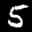
Label: 5